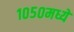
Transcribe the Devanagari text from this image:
१०५०मध्ये